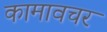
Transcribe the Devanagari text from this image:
कामावचर